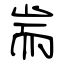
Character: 耑